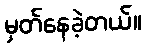
မှတ်နေခဲ့တယ်။